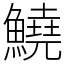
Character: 鱙